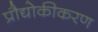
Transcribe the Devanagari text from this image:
प्रौद्योकीकरण